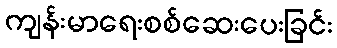
ကျန်းမာရေးစစ်ဆေးပေးခြင်း